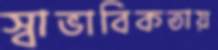
স্বাভাবিকতায়